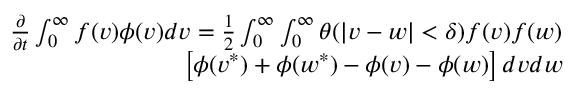
\begin{array} { r } { \begin{array} { r } { \frac { \partial } { \partial t } \int _ { 0 } ^ { \infty } f ( v ) \phi ( v ) d v = \frac { 1 } { 2 } \int _ { 0 } ^ { \infty } \int _ { 0 } ^ { \infty } \theta ( | v - w | < \delta ) f ( v ) f ( w ) } \\ { \left[ \phi ( v ^ { * } ) + \phi ( w ^ { * } ) - \phi ( v ) - \phi ( w ) \right] d v d w } \end{array} } \end{array}